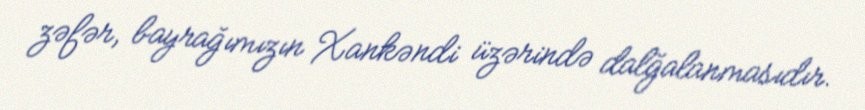
zəfər, bayrağımızın Xankəndi üzərində dalğalanmasıdır.